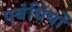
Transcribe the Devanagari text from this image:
पबंधियों